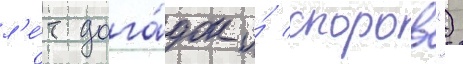
л'е́т дога́док и́ споров")